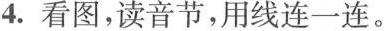
4.看图，读音节，用线连一连。